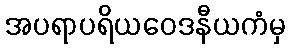
အပရာပရိယဝေဒနီယကံမှ